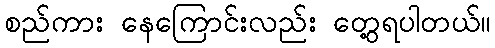
စည်ကား နေကြောင်းလည်း တွေ့ရပါတယ်။